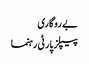
بے روگاری
پیپلز پارٹی رہنما